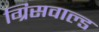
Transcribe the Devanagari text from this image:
ग्रिसवाल्ड